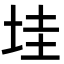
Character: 𡋣